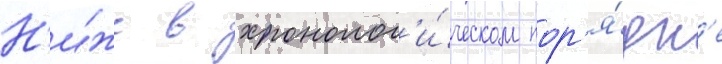
Н'и́же в хронолог'и́ческом пор'я́дк'е